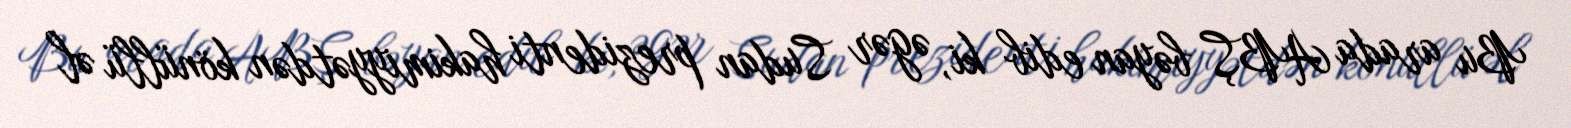
Bu arada ABŞ bəyan edib ki, əgər Sudan prezidenti hakimiyyətdən könüllü əl